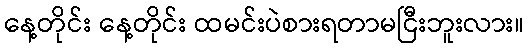
နေ့တိုင်း နေ့တိုင်း ထမင်းပဲစားရတာမငြီးဘူးလား။